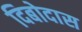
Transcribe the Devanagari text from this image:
दिबोदास